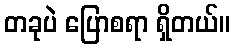
တခုပဲ ပြောစရာ ရှိတယ်။